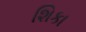
શિકા